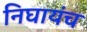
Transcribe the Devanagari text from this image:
निघायंच